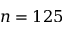
n = 1 2 5